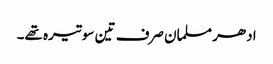
ادھر مسلمان صرف تین سو تیرہ تھے۔